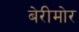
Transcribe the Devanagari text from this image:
बेरीमोर